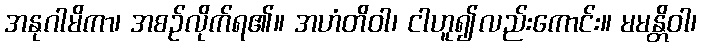
အနုဂါမိကာ၊ အစဉ်လိုက်ရ၏။ အဟံတိဝါ၊ ငါဟူ၍လည်းကောင်း။ မမန္တိဝါ၊